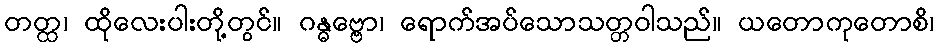
တတ္ထ၊ ထိုလေးပါးတို့တွင်။ ဂန္ဓဗ္ဗော၊ ရောက်အပ်သောသတ္တဝါသည်။ ယတောကုတောစိ၊